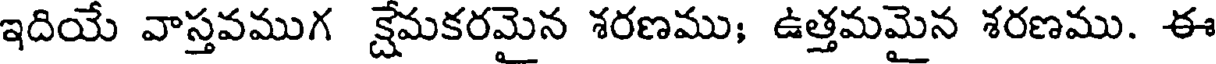
ఇదియే వాస్తవముగ క్షేమకరమైన శరణము; ఉత్తమమైన శరణము. ఈ